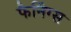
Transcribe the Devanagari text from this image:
फैनिंग्स